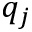
q _ { j }